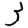
Digit: 3